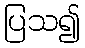
ပြသ၍